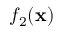
f _ { 2 } ( \mathbf { x } )